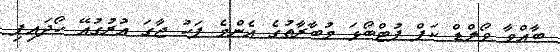
ބާއްވާ ވޯލްޑް ކަޕް ފުޓްބޯޅަ މުބާރާތުގެ އެންމެ ފަހު ޖާގަ އުރުގުއޭ ހޯދައިފި